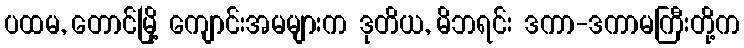
ပထမ, တောင်မြို့ ကျောင်းအမများက ဒုတိယ, မိဘရင်း ဒကာ-ဒကာမကြီးတို့က